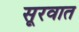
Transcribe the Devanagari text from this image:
सूरवात